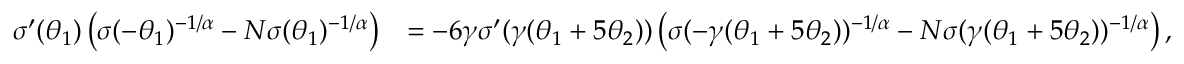
\begin{array} { r l } { \sigma ^ { \prime } ( \theta _ { 1 } ) \left( \sigma ( - \theta _ { 1 } ) ^ { - 1 / \alpha } - N \sigma ( \theta _ { 1 } ) ^ { - 1 / \alpha } \right) } & { = - 6 \gamma \sigma ^ { \prime } ( \gamma ( \theta _ { 1 } + 5 \theta _ { 2 } ) ) \left( \sigma ( - \gamma ( \theta _ { 1 } + 5 \theta _ { 2 } ) ) ^ { - 1 / \alpha } - N \sigma ( \gamma ( \theta _ { 1 } + 5 \theta _ { 2 } ) ) ^ { - 1 / \alpha } \right) , } \end{array}